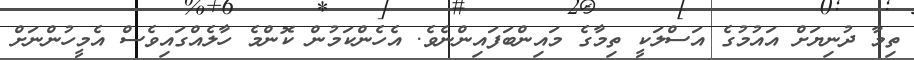
ތިމާ ދުނިޔަށް އައުމުގެ އަސްލަކީ ތިމާގެ މައިންބަފައިންނެވެ. އެހެންކަމުން ކޮންމެ ހާލެއްގައިވެސް އެމީހުންނަށް